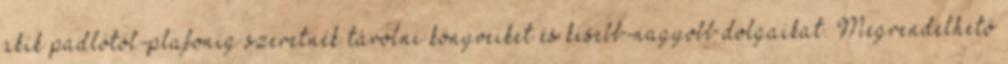
akik padlótól-plafonig szeretnék tárolni könyveiket és kisebb-nagyobb dolgaikat. Megrendelhető